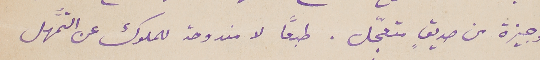
وجيزة من صديقٍ متعجّل. طبعًا لا مندوحة للملوك عن التمهُّل